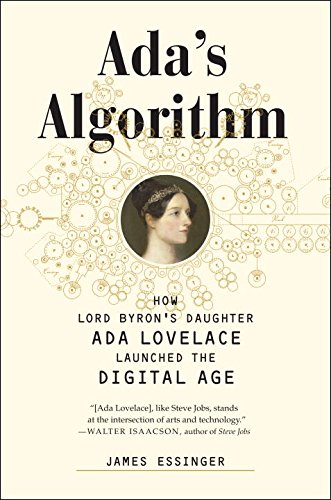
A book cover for Ada's Algorithm: How Lord Byron's Daughter Ada Lovelace Launched the Digital Age; James Essinger; Computers & Technology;